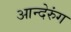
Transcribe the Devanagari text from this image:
आन्देरुंग